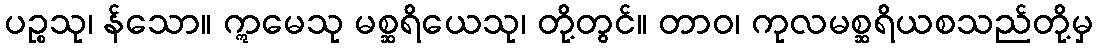
ပဉ္စသု၊ န်သော။ ဣမေသု မစ္ဆရိယေသု၊ တို့တွင်။ တာဝ၊ ကုလမစ္ဆရိယစသည်တို့မှ